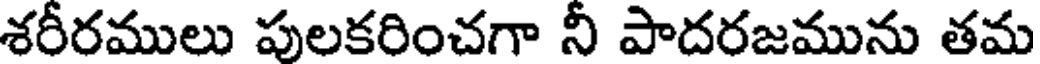
శరీరములు పులకరించగా నీ పాదరజమును తమ